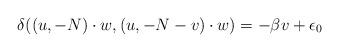
LaTeX: \begin{align*}\delta((u, -N)\cdot w, (u, -N-v)\cdot w)=-\beta v+\epsilon_0\end{align*}